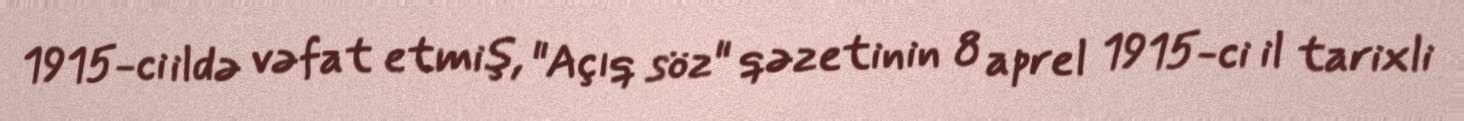
1915-ci ildə vəfat etmiş, "Açıq söz" qəzetinin 8 aprel 1915-ci il tarixli